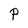
Character: P